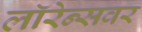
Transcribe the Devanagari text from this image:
लॉरेन्सवर